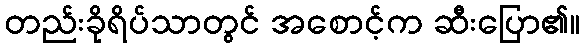
တည်းခိုရိပ်သာတွင် အစောင့်က ဆီးပြော၏။